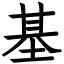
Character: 基